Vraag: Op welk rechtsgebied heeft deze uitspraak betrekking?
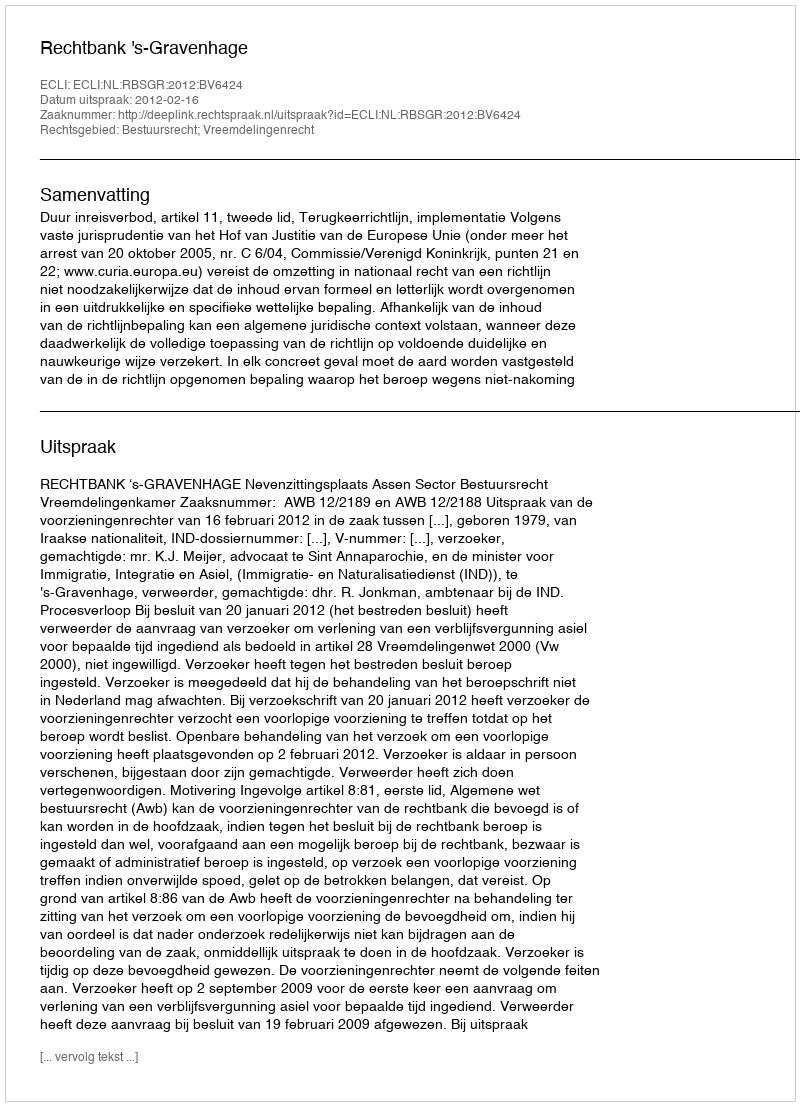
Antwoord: Bestuursrecht; Vreemdelingenrecht